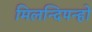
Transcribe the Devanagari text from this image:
मिलन्दिपन्हो